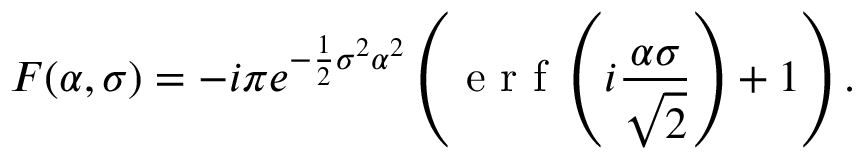
F ( \alpha , \sigma ) = - i \pi e ^ { - \frac { 1 } { 2 } \sigma ^ { 2 } \alpha ^ { 2 } } \left( \mathrm { ~ e ~ r ~ f ~ } \left( i \frac { \alpha \sigma } { \sqrt { 2 } } \right) + 1 \right) .